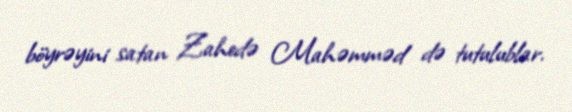
böyrəyini satan Zahedə Mahəmməd də tutulublar.